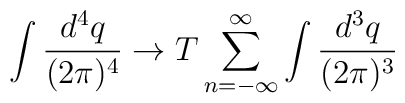
\int \frac{d^{4}q}{(2\pi)^{4}} \rightarrow T\sum_{n=-\infty}^{\infty}\int \frac{d^{3}q}{(2\pi)^{3}}